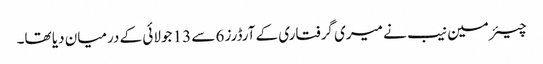
چیئرمین نیب نے میری گرفتاری کے آرڈرز 6 سے 13 جولائی کے درمیان دیا تھا۔